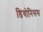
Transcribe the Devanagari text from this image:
डियोनिसस